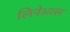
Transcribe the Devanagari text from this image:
लिनेआस